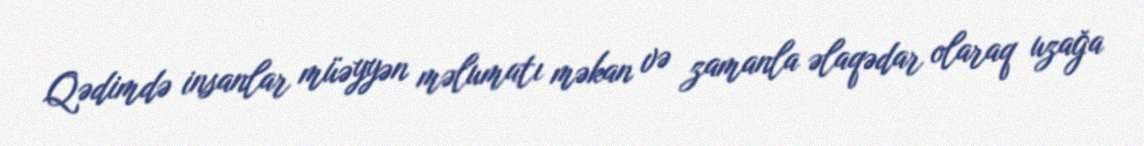
Qədimdə insanlar müəyyən məlumatı məkan və zamanla əlaqədar olaraq uzağa